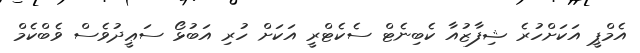
އެމްޕީ އަކަށްހުރެ ޝިފާޒުއާ ކެބިނެޓް ސެކެޓްރީ އަކަށް ހުރި އަބުޅޯ ސަޢީދުވެސް ވެބްކެމް